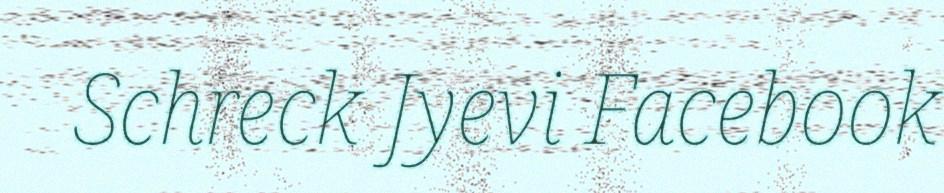
Schreck Jyevi Facebook